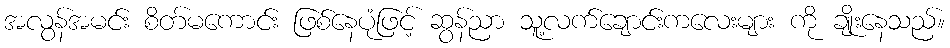
အလွန်အမင်း စိတ်မကောင်း ဖြစ်နေပုံဖြင့် ဆွန်ညာ သူ့လက်ချောင်းကလေးများ ကို ချိုးနေသည်။